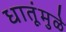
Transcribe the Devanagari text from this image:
धातूंमुळे